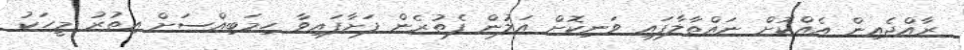
ރާއްޖެއިން އެއްކޮށް ނައްތާލާފައި ވަނިކޮށް އަލުން ފެތުރެން ފަށާފައިވާ ހިމަބިއްސަށް އިތުރު މީހަކު